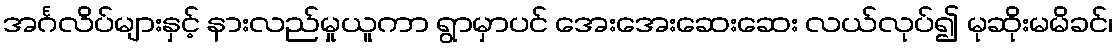
အင်္ဂလိပ်များနှင့် နားလည်မှုယူကာ ရွာမှာပင် အေးအေးဆေးဆေး လယ်လုပ်၍ မုဆိုးမမိခင်၊